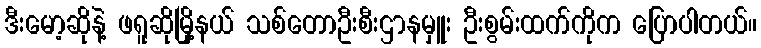
ဒီးမော့ဆိုနဲ့ ဖရူဆိုမြို့နယ် သစ်တောဦးစီးဌာနမှူး ဦးစွမ်းထက်ကိုက ပြောပါတယ်။